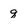
Character: q